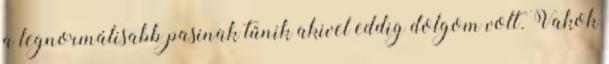
a legnormálisabb pasinak tűnik akivel eddig dolgom volt. Vakok